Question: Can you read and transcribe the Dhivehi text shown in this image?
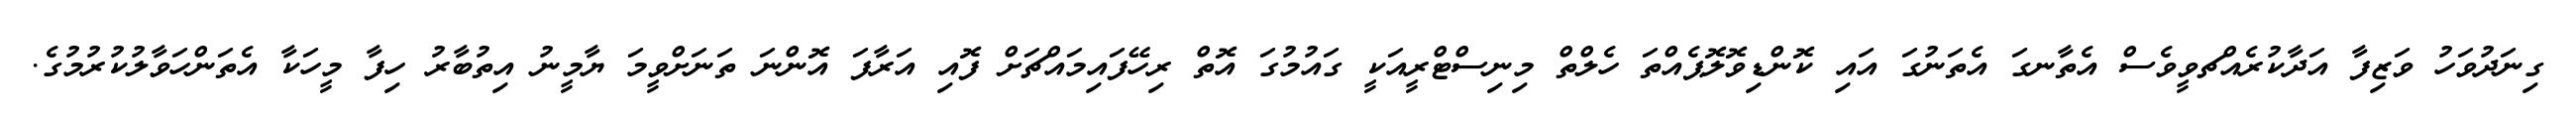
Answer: ގިނަދުވަހު ވަޒިފާ އަދާކުރެއްޗވީވެސް އެތާނގަ އެތަނުގަ އައި ކޮންޑިވޮލޮޕެއްތަ ހެލްތް މިނިސްޓްރީއަކީ ގައުމުގަ އޮތް ރިހޭފައިމައްޗަށް ފޮއި އަރާފަ އޮންނަ ތަނަށްވީމަ ޔާމީނު އިތުބާރު ހިފާ މީހަކާ އެތަންހަވާލުކުރުމުގެ.